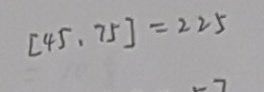
[ 4 5 、 7 5 ] = 2 2 5